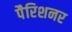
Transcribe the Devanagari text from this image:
पैरिशनर